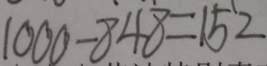
1 0 0 0 - 8 4 8 = 1 5 2